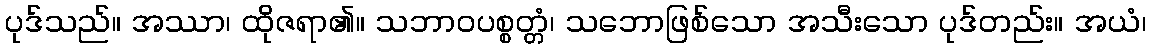
ပုဒ်သည်။ အဿာ၊ ထိုဇရာ၏။ သဘာဝပစ္စတ္တံ၊ သဘောဖြစ်သော အသီးသော ပုဒ်တည်း။ အယံ၊